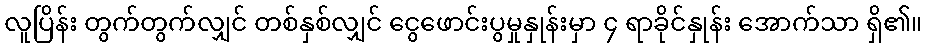
လူပြိန်း တွက်တွက်လျှင် တစ်နှစ်လျှင် ငွေဖောင်းပွမှုနှုန်းမှာ ၄ ရာခိုင်နှုန်း အောက်သာ ရှိ၏။